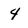
Character: 4